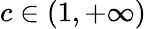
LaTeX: c\in(1,+\infty)